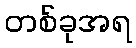
တစ်ခုအရ